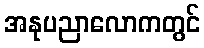
အနုပညာလောကတွင်